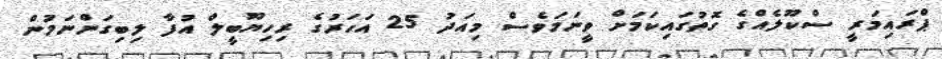
ޕްރައިމަރީ ސްކޫލެއްގެ ގޮތުގައިކަމަށް ވީނަމަވެސް މިއަދު 25 އަހަރުގެ ރިހިޔޫބީލް އުފާ ލިބިގަންނަމުން